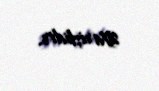
sifarişlidir.